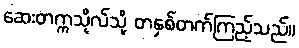
ဆေးတက္ကသိုလ်သို့ တနှစ်တက်ကြည့်သည်။